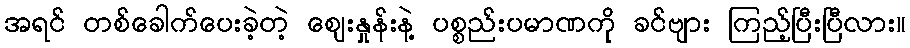
အရင် တစ်ခေါက်ပေးခဲ့တဲ့ ဈေးနှုန်းနဲ့ ပစ္စည်းပမာဏကို ခင်ဗျား ကြည့်ပြီးပြီလား။